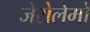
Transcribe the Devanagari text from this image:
जेरोलेमो